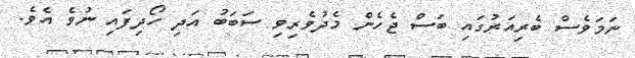
ނަމަވެސް ބެރިއަރުގައި ބަސް ޖެހެން މެދުވެރިވި ސަބަބު އަދި ހޯދިފައި ނުވެ އެވެ.